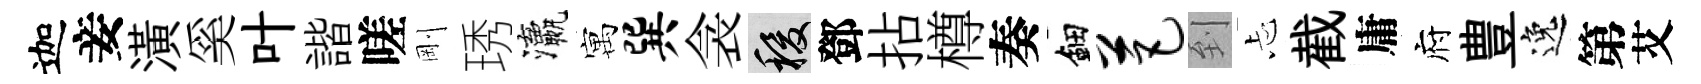
迦妾潢奚叶諧嗟剛琇瀛寓巽衾稷鄧拈樽奏鈿芭到忐截庸府豊逸第艾